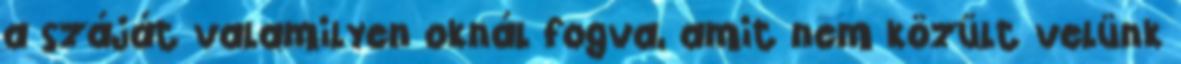
a száját valamilyen oknál fogva, amit nem közült velünk